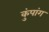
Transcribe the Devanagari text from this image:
कुंपांग